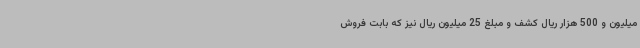
میلیون و 500 هزار ریال کشف و مبلغ 25 میلیون ریال نیز که بابت فروش